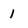
Character: 1